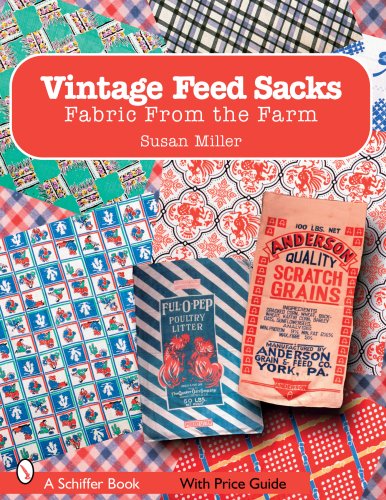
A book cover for Vintage Feed Sacks: Fabric from the Farm (Schiffer Books); Susan Miller; Crafts, Hobbies & Home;